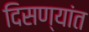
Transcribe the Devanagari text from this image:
दिसण्यांत